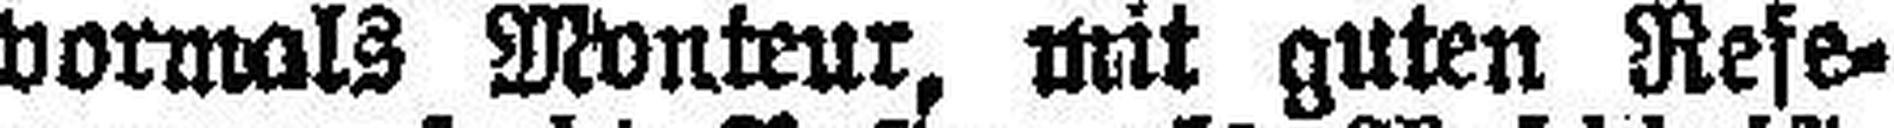
vormals Monteur, mit guten Refe¬